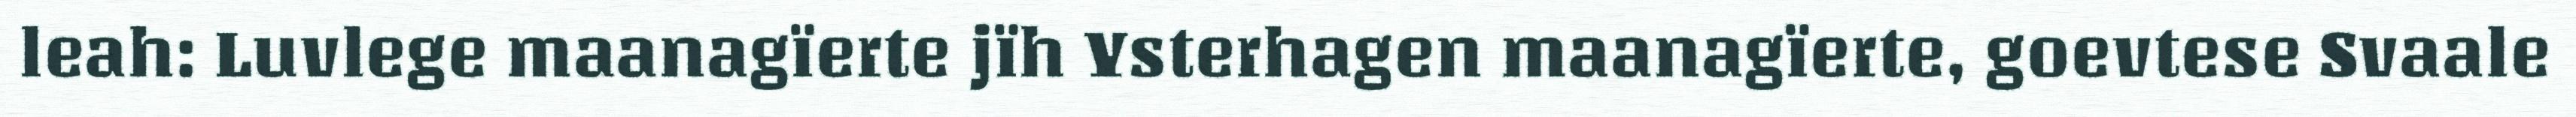
leah: Luvlege maanagïerte jïh Ysterhagen maanagïerte, goevtese Svaale